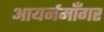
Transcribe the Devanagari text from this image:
आयर्नमॉँगर